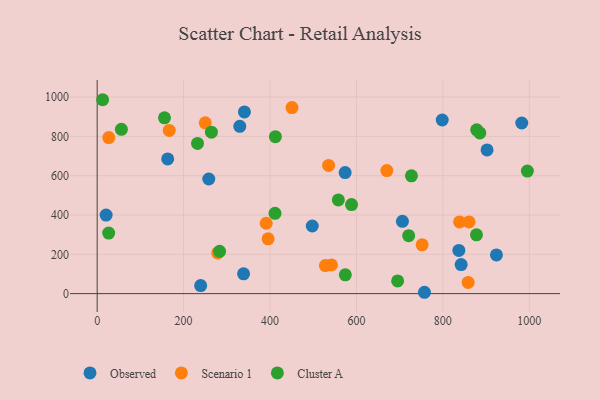
{"axis": {"x": "Speed", "y": "Demand"}, "legend": ["Cluster A", "Observed", "Scenario 1"], "data": [{"x": "842.4", "y": 147.8, "type": "Observed"}, {"x": "340.8", "y": 924.7, "type": "Observed"}, {"x": "330.1", "y": 851.4, "type": "Observed"}, {"x": "902.4", "y": 731.2, "type": "Observed"}, {"x": "163.2", "y": 685.6, "type": "Observed"}, {"x": "837.1", "y": 219.6, "type": "Observed"}, {"x": "982.7", "y": 868.3, "type": "Observed"}, {"x": "20.7", "y": 399.9, "type": "Observed"}, {"x": "706.5", "y": 368.1, "type": "Observed"}, {"x": "497.8", "y": 344.1, "type": "Observed"}, {"x": "258.3", "y": 583.3, "type": "Observed"}, {"x": "798.6", "y": 883.4, "type": "Observed"}, {"x": "924.1", "y": 196.8, "type": "Observed"}, {"x": "757.5", "y": 6.9, "type": "Observed"}, {"x": "338.8", "y": 100.6, "type": "Observed"}, {"x": "239.5", "y": 40.8, "type": "Observed"}, {"x": "573.9", "y": 615.8, "type": "Observed"}, {"x": "838.8", "y": 364.9, "type": "Scenario 1"}, {"x": "391.2", "y": 358.1, "type": "Scenario 1"}, {"x": "450.9", "y": 946.6, "type": "Scenario 1"}, {"x": "752.1", "y": 248.2, "type": "Scenario 1"}, {"x": "250.1", "y": 869.3, "type": "Scenario 1"}, {"x": "26.8", "y": 794.2, "type": "Scenario 1"}, {"x": "860.7", "y": 364.6, "type": "Scenario 1"}, {"x": "858.6", "y": 57.1, "type": "Scenario 1"}, {"x": "166.8", "y": 830.2, "type": "Scenario 1"}, {"x": "395.6", "y": 279.1, "type": "Scenario 1"}, {"x": "278.9", "y": 207.2, "type": "Scenario 1"}, {"x": "535.6", "y": 652.3, "type": "Scenario 1"}, {"x": "542.2", "y": 146.2, "type": "Scenario 1"}, {"x": "670.5", "y": 626.1, "type": "Scenario 1"}, {"x": "528.2", "y": 143.0, "type": "Scenario 1"}, {"x": "12.6", "y": 986.6, "type": "Cluster A"}, {"x": "885.7", "y": 817.6, "type": "Cluster A"}, {"x": "264.4", "y": 821.7, "type": "Cluster A"}, {"x": "412.5", "y": 798.4, "type": "Cluster A"}, {"x": "877.9", "y": 299.1, "type": "Cluster A"}, {"x": "155.8", "y": 894.3, "type": "Cluster A"}, {"x": "411.6", "y": 408.5, "type": "Cluster A"}, {"x": "727.4", "y": 599.5, "type": "Cluster A"}, {"x": "721.0", "y": 295.0, "type": "Cluster A"}, {"x": "995.7", "y": 623.6, "type": "Cluster A"}, {"x": "574.3", "y": 95.8, "type": "Cluster A"}, {"x": "26.6", "y": 308.2, "type": "Cluster A"}, {"x": "588.7", "y": 453.1, "type": "Cluster A"}, {"x": "56.0", "y": 836.0, "type": "Cluster A"}, {"x": "695.4", "y": 64.8, "type": "Cluster A"}, {"x": "232.2", "y": 764.5, "type": "Cluster A"}, {"x": "283.3", "y": 215.4, "type": "Cluster A"}, {"x": "558.2", "y": 476.7, "type": "Cluster A"}, {"x": "878.4", "y": 833.5, "type": "Cluster A"}]}